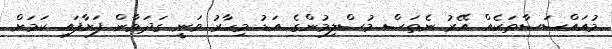
މުއައްސަސާތަކެއް އޭރު ނެތަސް މުސްލިމުންގެ އަޑު މިހާރު ވަނީ ގަދަވާން ފަށާފައި ކަމަށް